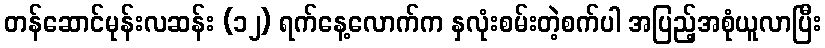
တန်ဆောင်မုန်းလဆန်း (၁၂) ရက်နေ့လောက်က နှလုံးစမ်းတဲ့စက်ပါ အပြည့်အစုံယူလာပြီး